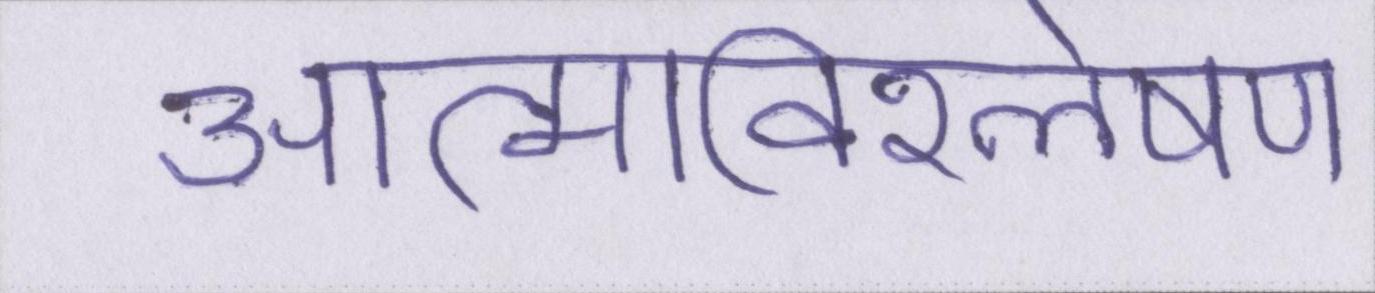
आत्मविश्लेषण